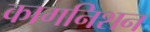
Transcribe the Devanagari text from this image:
कागनिशन